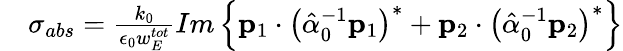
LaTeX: \begin{array}{rl}&{\sigma_{abs}=\frac{k_{0}}{\epsilon_{0}w_{E}^{tot}}Im\left\{ \mathbf{p}_{1}\cdot\left(\hat{\alpha}_{0}^{-1}\mathbf{p}_{1}\right)^{*}+\mathbf{p}_{2}\cdot\left(\hat{\alpha}_{0}^{-1}\mathbf{p}_{2}\right)^{*}\right\} }\end{array}